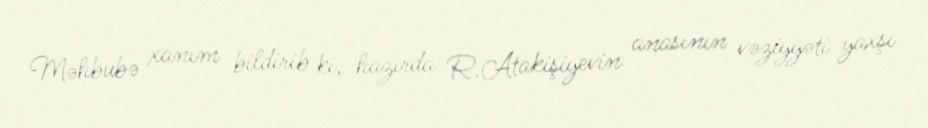
Məhbubə xanım bildirib ki, hazırda R.Atakişiyevin anasının vəziyyəti yaxşı